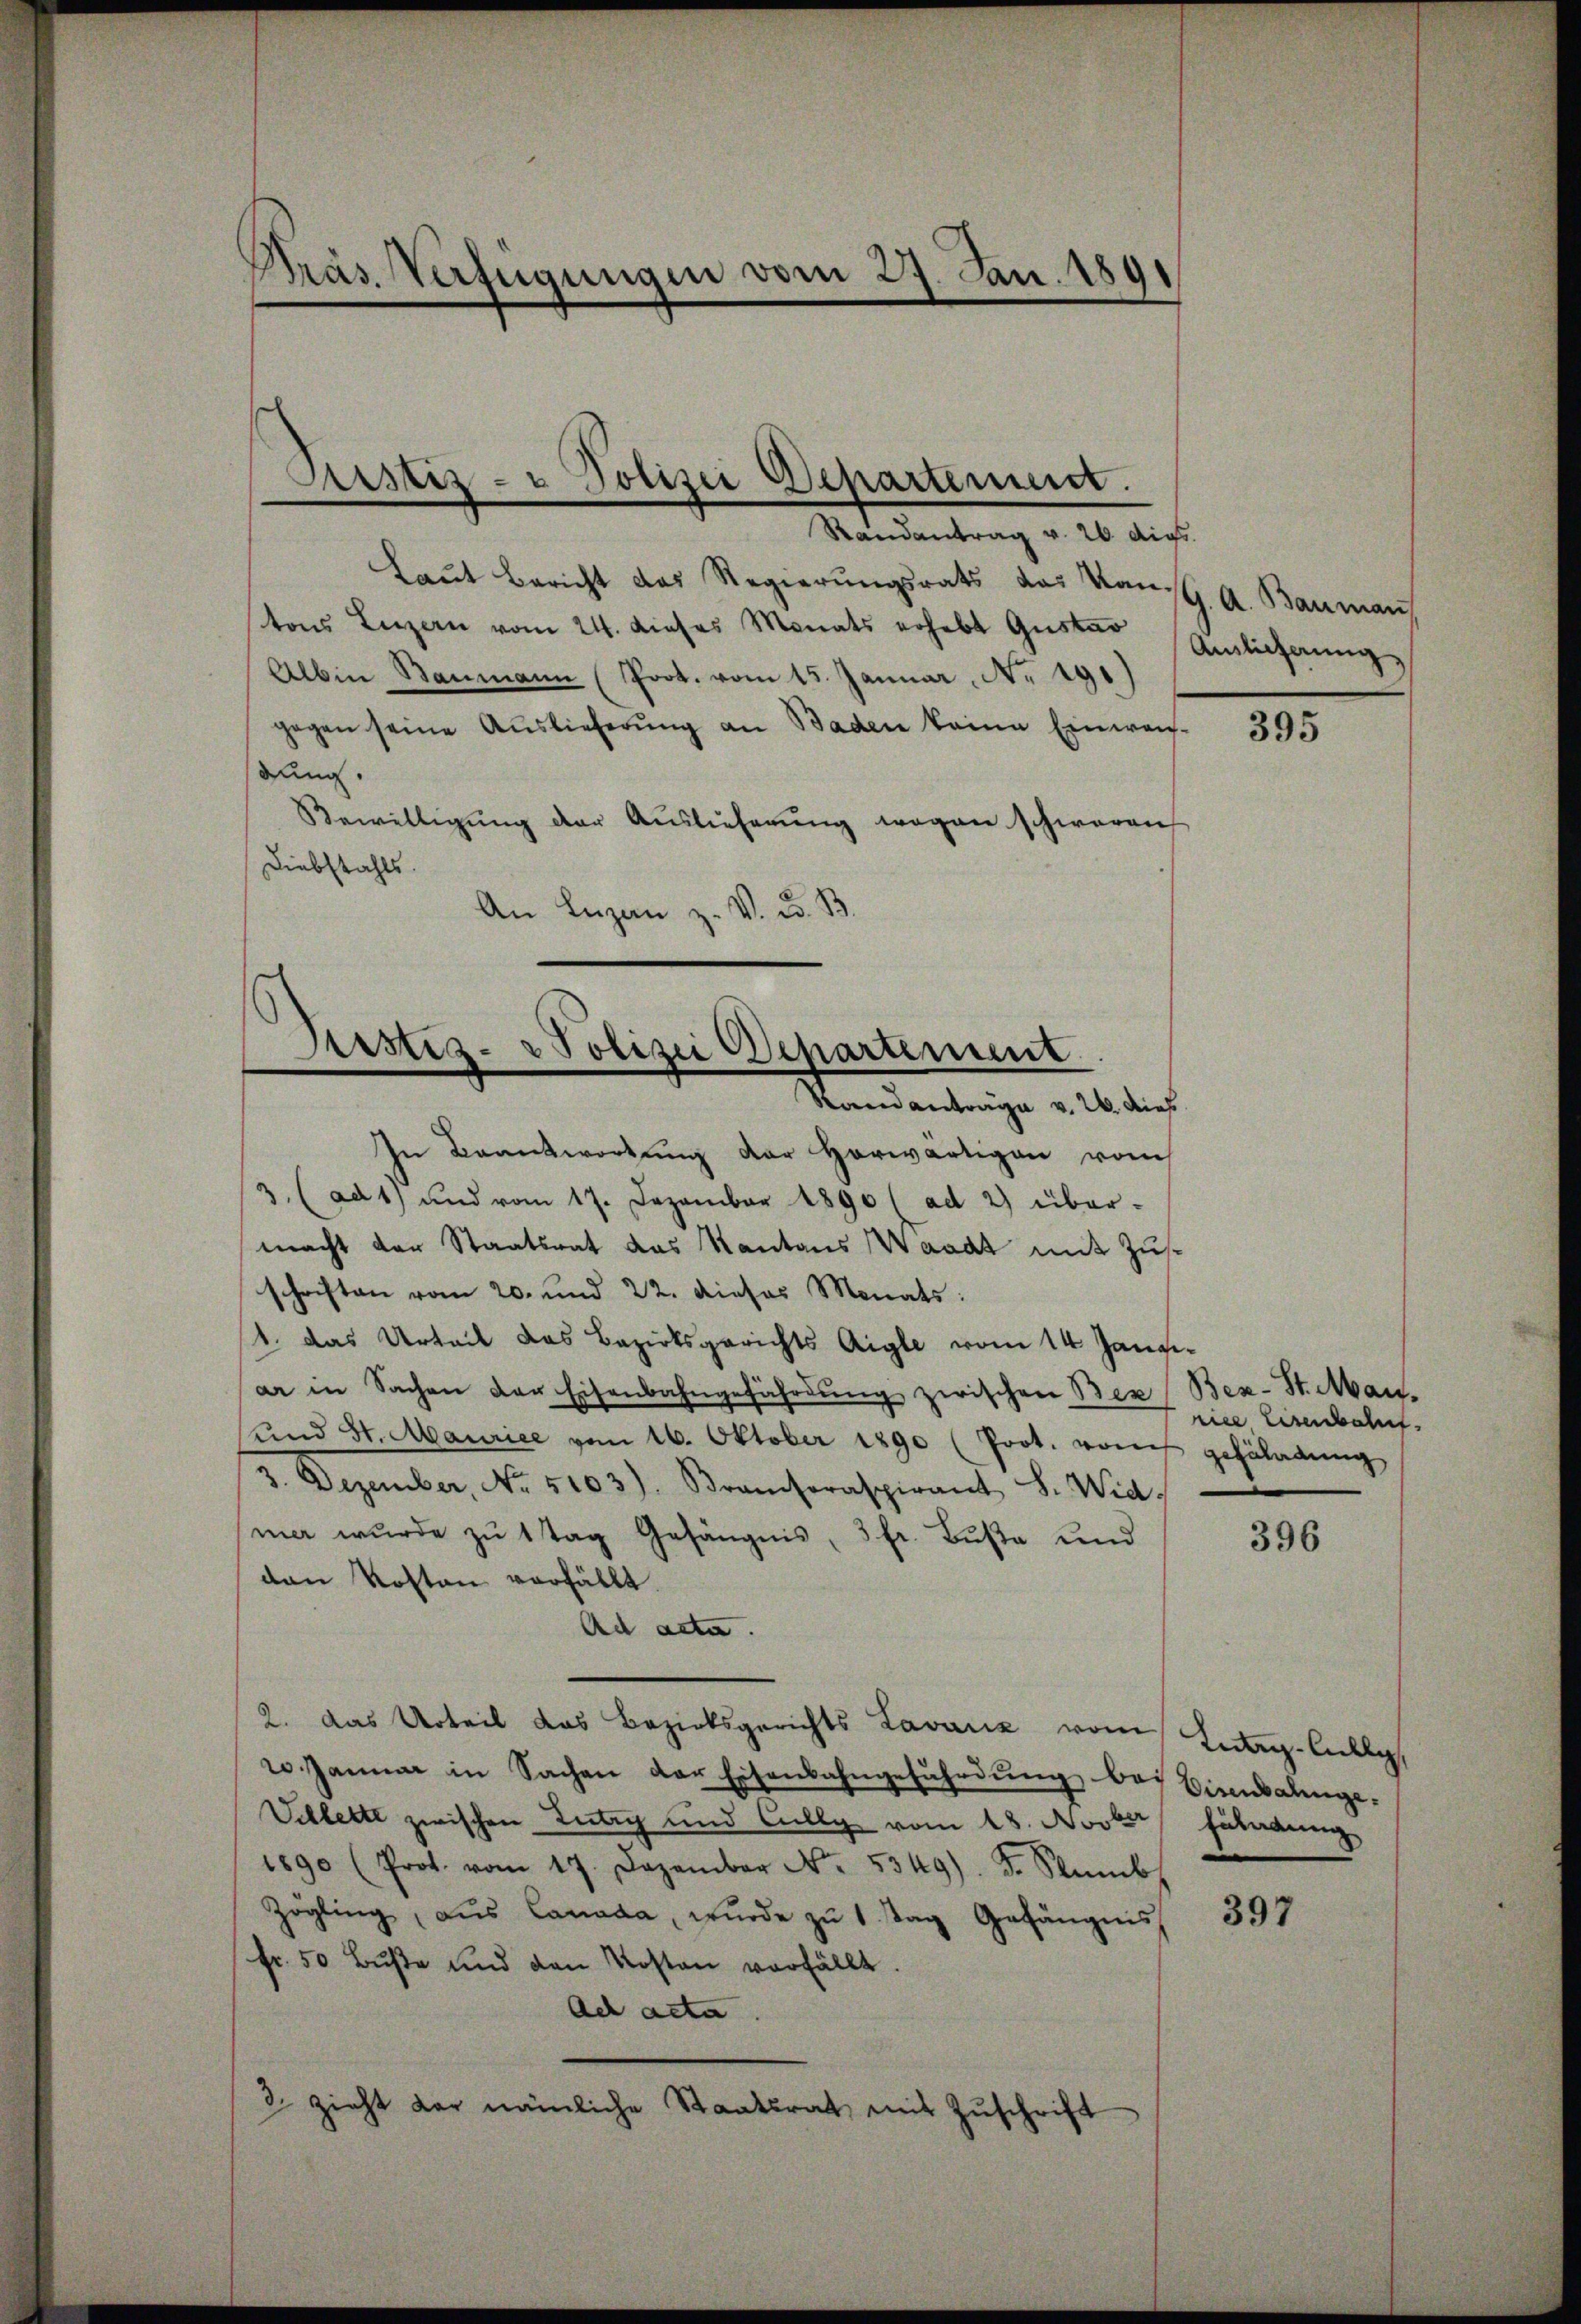
Präs. Verfügungen vom 27. Jan. 1891
.

Astiz- u Polizei Departement.
Randantrag v. 26 dies

Laŭt Bericht das Regierŭngsrats das Konst. A. Bauman
tons Luzern vom 24. dieses Monats erhebt Gustav
Albine Baumann (Prot. vom 15. Januar Nr 191)
gegen seine Auslieferung an Baden keine Einwach-
dung.
Bewilligung der Auslieferung wegen schweren
Diebstahls.
An Lugan z. V. d. B.
In Beantwortung der Horwärtigen vom
3. (ad 1) und vom 17. Dezember 1890 (ad 2) über-
macht der Staatsrat das Kantons Waadt mit Zusschriften vom 20. und 22. dieses Monats:
1. das Urteil das Bezirksgerichts Aigle vom 14. Jangiar in Sachen der Eisenbahngefährdung zwischen Bez
und St. Maurice vom 16. Oktober 1890 (Prot. vom
3. Dezember, No 5103). Branderaspirant S. Wid
ma wurde zŭ 1 Tag Gefängnis, 3 fr. Buße und
den Kosten verfällt.
Ad acta.
2. Das Urteil das Bezirksgerichts Lavanz vom
20 Januar in Sachen der Eisenbahngefährdung bei Eisenbahnge-
Vellette zwischen Lutry und Cully vom 18. Novber
1890 (Prot. vom 17. Dezember Nr. 5349). F. Stub
Zögling, aŭs Canada, wurde zŭ 1 Tag Gefängnis
Fr. 50 Buße und den Kosten verfällt
Ach acta
2 zieht der nämliche Staatsrat mit Zŭschrift

Justiz- & Polizei Departement
Standantrage v. 26. dies

Auslicherung

395

Ben-St. Man.
rice, Eisenbahnt.
gefährdung

396

Lutry-Cully
fährdung

397